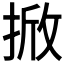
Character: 𭡓